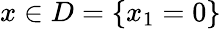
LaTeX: x\in D=\{ x_{1}=0\}